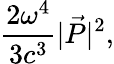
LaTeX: \frac{2\omega^{4}}{3c^{3}}|\vec{P}|^{2},